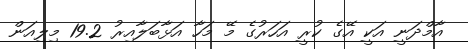
އާމްދަނީ އަކީ އޭގެ ކުރީ އަހަރުގެ މޭ މަހާ އަޅާބަލާއިރު 19.2 މިލިއަން